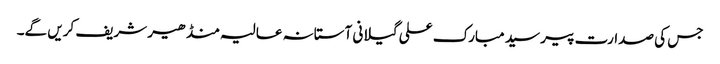
جس کی صدارت پیر سید مبارک علی گیلانی آستانہ عالیہ منڈھیر شریف کریں گے۔